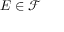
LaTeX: E \in { \mathcal { F } }